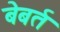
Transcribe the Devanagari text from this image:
बेबर्त